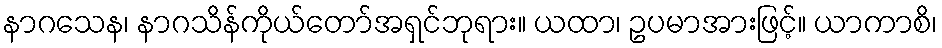
နာဂသေန၊ နာဂသိန်ကိုယ်တော်အရှင်ဘုရား။ ယထာ၊ ဥပမာအားဖြင့်။ ယာကာစိ၊